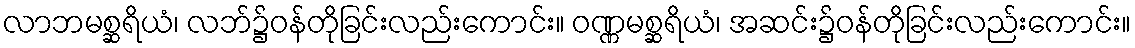
လာဘမစ္ဆရိယံ၊ လဘ်၌ဝန်တိုခြင်းလည်းကောင်း။ ဝဏ္ဏမစ္ဆရိယံ၊ အဆင်း၌ဝန်တိုခြင်းလည်းကောင်း။